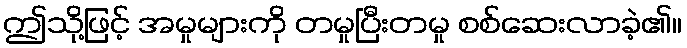
ဤသို့ဖြင့် အမှုများကို တမှုပြီးတမှု စစ်ဆေးလာခဲ့၏။